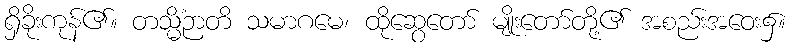
ရှိခိုးကုန်၏။ တသ္မိံဉာတိ သမာဂမေ၊ ထိုဆွေတော် မျိုးတော်တို့၏ အစည်းအဝေး၌။